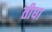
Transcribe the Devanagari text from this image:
तीधा